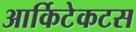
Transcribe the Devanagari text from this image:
आर्किटेकटस